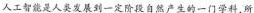
人工智能是人类发展到一定阶段自然产生的一门学科，所